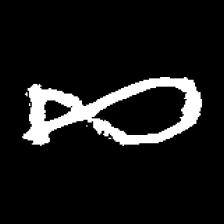
Pyu character \u2014 Myanmar letter: ဆ (romanized: cha)